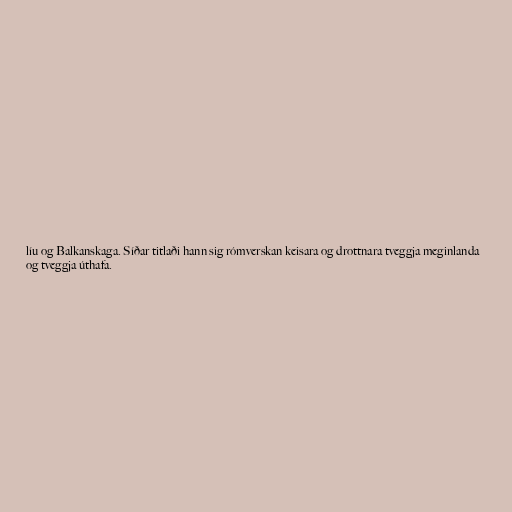
líu og Balkanskaga. Síðar titlaði hann sig rómverskan keisara og drottnara tveggja meginlanda
og tveggja úthafa.